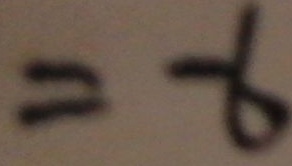
= - 6